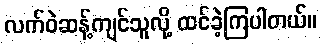
လက်ဝဲဆန့်ကျင်သူလို့ ထင်ခဲ့ကြပါတယ်။